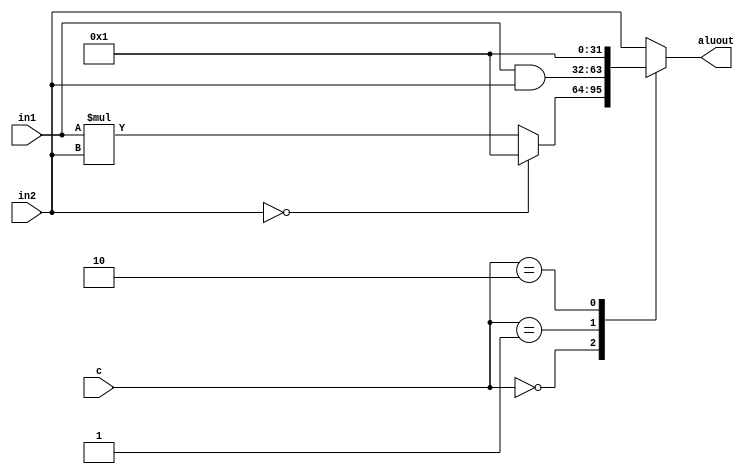
`timescale 1ns / 1ps
//////////////////////////////////////////////////////////////////////////////////
// Company: 
// Engineer: 
// 
// Design Name: 
// Module Name: Alu
// Project Name: 
// Target Devices: 
// Tool Versions: 
// Description: 
// 
// Dependencies: 
// 
// Revision:
// Revision 0.01 - File Created
// Additional Comments:
// 
//////////////////////////////////////////////////////////////////////////////////


module Alu(input [31:0] in1, in2,
           input [1:0] c,
           output reg [31:0] aluout);
always @ (in1, in2, c)
begin
    case (c)   
        2'b00:  
        begin
            if(in2 == 0) begin aluout = 1; end
            else begin aluout = in1 * in2; end
        end  
        2'b01:  aluout = in1 & in2;   
        2'b10:  aluout = 1;   
        default:  aluout = in2; // 2'b11;
    endcase 
end
endmodule